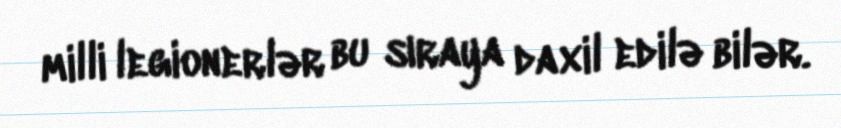
milli legionerlər bu sıraya daxil edilə bilər.